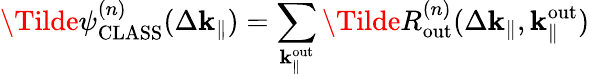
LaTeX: \Tilde{\psi}_{\mathrm{CLASS}}^{(n)}(\Delta\mathbf{k}_{\parallel})=\sum_{\mathbf{k}_{\parallel}^{\mathrm{out}}}\Tilde{R}_{\mathrm{out}}^{(n)}(\Delta\mathbf{k}_{\parallel},\mathbf{k}_{\parallel}^{\mathrm{out}})